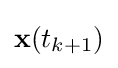
\mathbf {x} (t_{k+1})